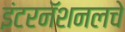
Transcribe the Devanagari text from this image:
इंटरनॅशनलचे